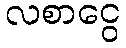
လစာငွေ